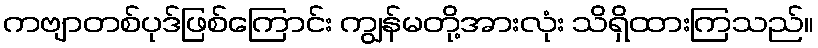
ကဗျာတစ်ပုဒ်ဖြစ်ကြောင်း ကျွန်မတို့အားလုံး သိရှိထားကြသည်။